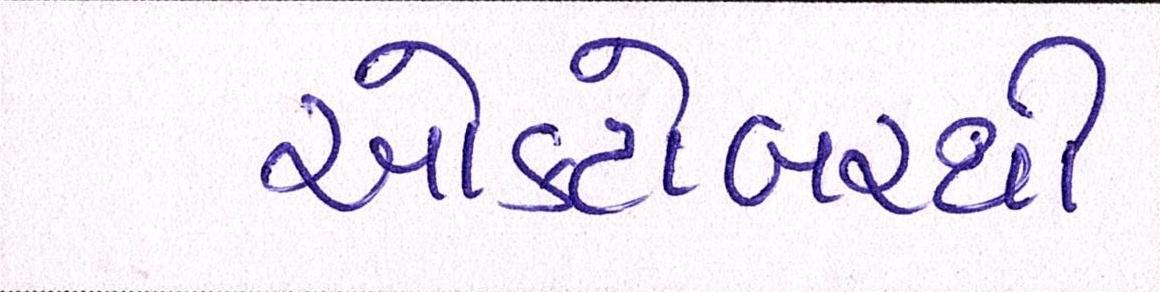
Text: ઓક્ટોબરથી